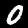
Digit: 0